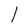
Character: I